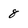
Character: 8